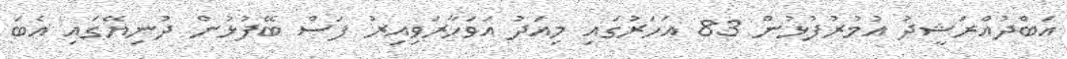
އަބްދުއްރަޝީދު އުމުރުފުޅުން 83 އަހަރުގައި މިއަދު އަވަހާރަވިއިރު ފަސް ބޭފުޅުން ދުނިޔޭގައި އެބަ